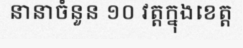
នានាចំនួន ១០ វត្តក្នុងខេត្ត